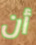
أن